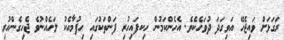
ރަގަޅަށް ވައިޖެހޭ އަވިގަދަ ދުވަހެކެވެ. އެހެންކަމުން ހިކފައިހުރި ފަންތަކުގައި ހިފުމާއެކު ލަހެއްނުވެ ޖެހިގެންހުރި